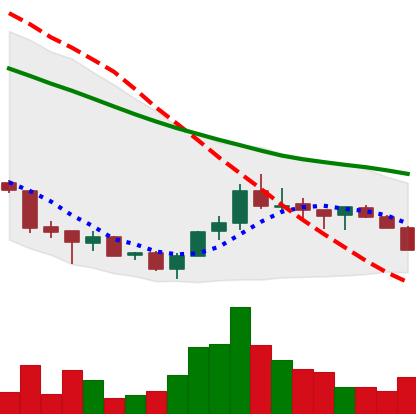
Ticker: ADA-USD
Chart end date: 2018-07-10
Forward return: 10.459%
Label: up_7plus